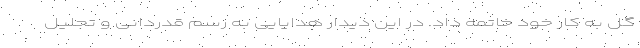
گل به کار خود خاتمه داد. در این دیدار هدایایی به رسم قدردانی و تجلیل